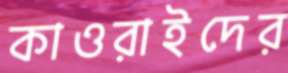
কাওরাইদের